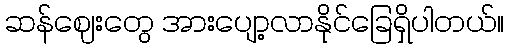
ဆန်ဈေးတွေ အားပျော့လာနိုင်ခြေရှိပါတယ်။